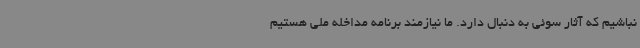
نباشیم که آثار سوئی به دنبال دارد. ما نیازمند برنامه مداخله ملی هستیم